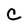
Character: C